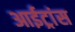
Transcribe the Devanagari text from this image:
आईट्रांस